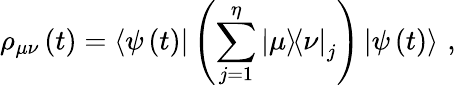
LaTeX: \rho_{\mu\nu}\left(t\right)=\mathinner{\langle{\psi\left(t\right)}|}\left(\sum_{j=1}^{\eta}\mathinner{|{\mu}\rangle}\! \! \mathinner{\langle{\nu}|}_{j}\right)\mathinner{|{\psi\left(t\right)}\rangle}\, ,